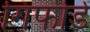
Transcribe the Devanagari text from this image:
गिफोर्ड